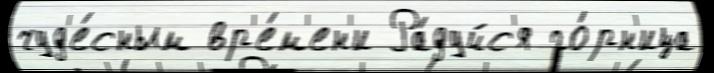
чуд'е́сным вр'е́м'ен'и Ра́дуйс'я го́рн'ица